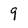
Character: 9